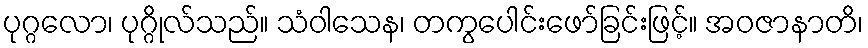
ပုဂ္ဂလော၊ ပုဂ္ဂိုလ်သည်။ သံဝါသေန၊ တကွပေါင်းဖော်ခြင်းဖြင့်။ အဝဇာနာတိ၊